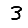
Digit: 3